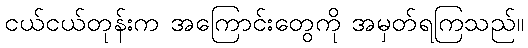
ငယ်ငယ်တုန်းက အကြောင်းတွေကို အမှတ်ရကြသည်။